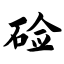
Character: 硷